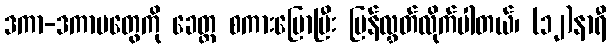
ဒကာ-ဒကာမတွေကို ခေတ္တ စကားပြောပြီး ပြန်လွှတ်လိုက်ပါတယ်၊ (၁၂)နာရီ